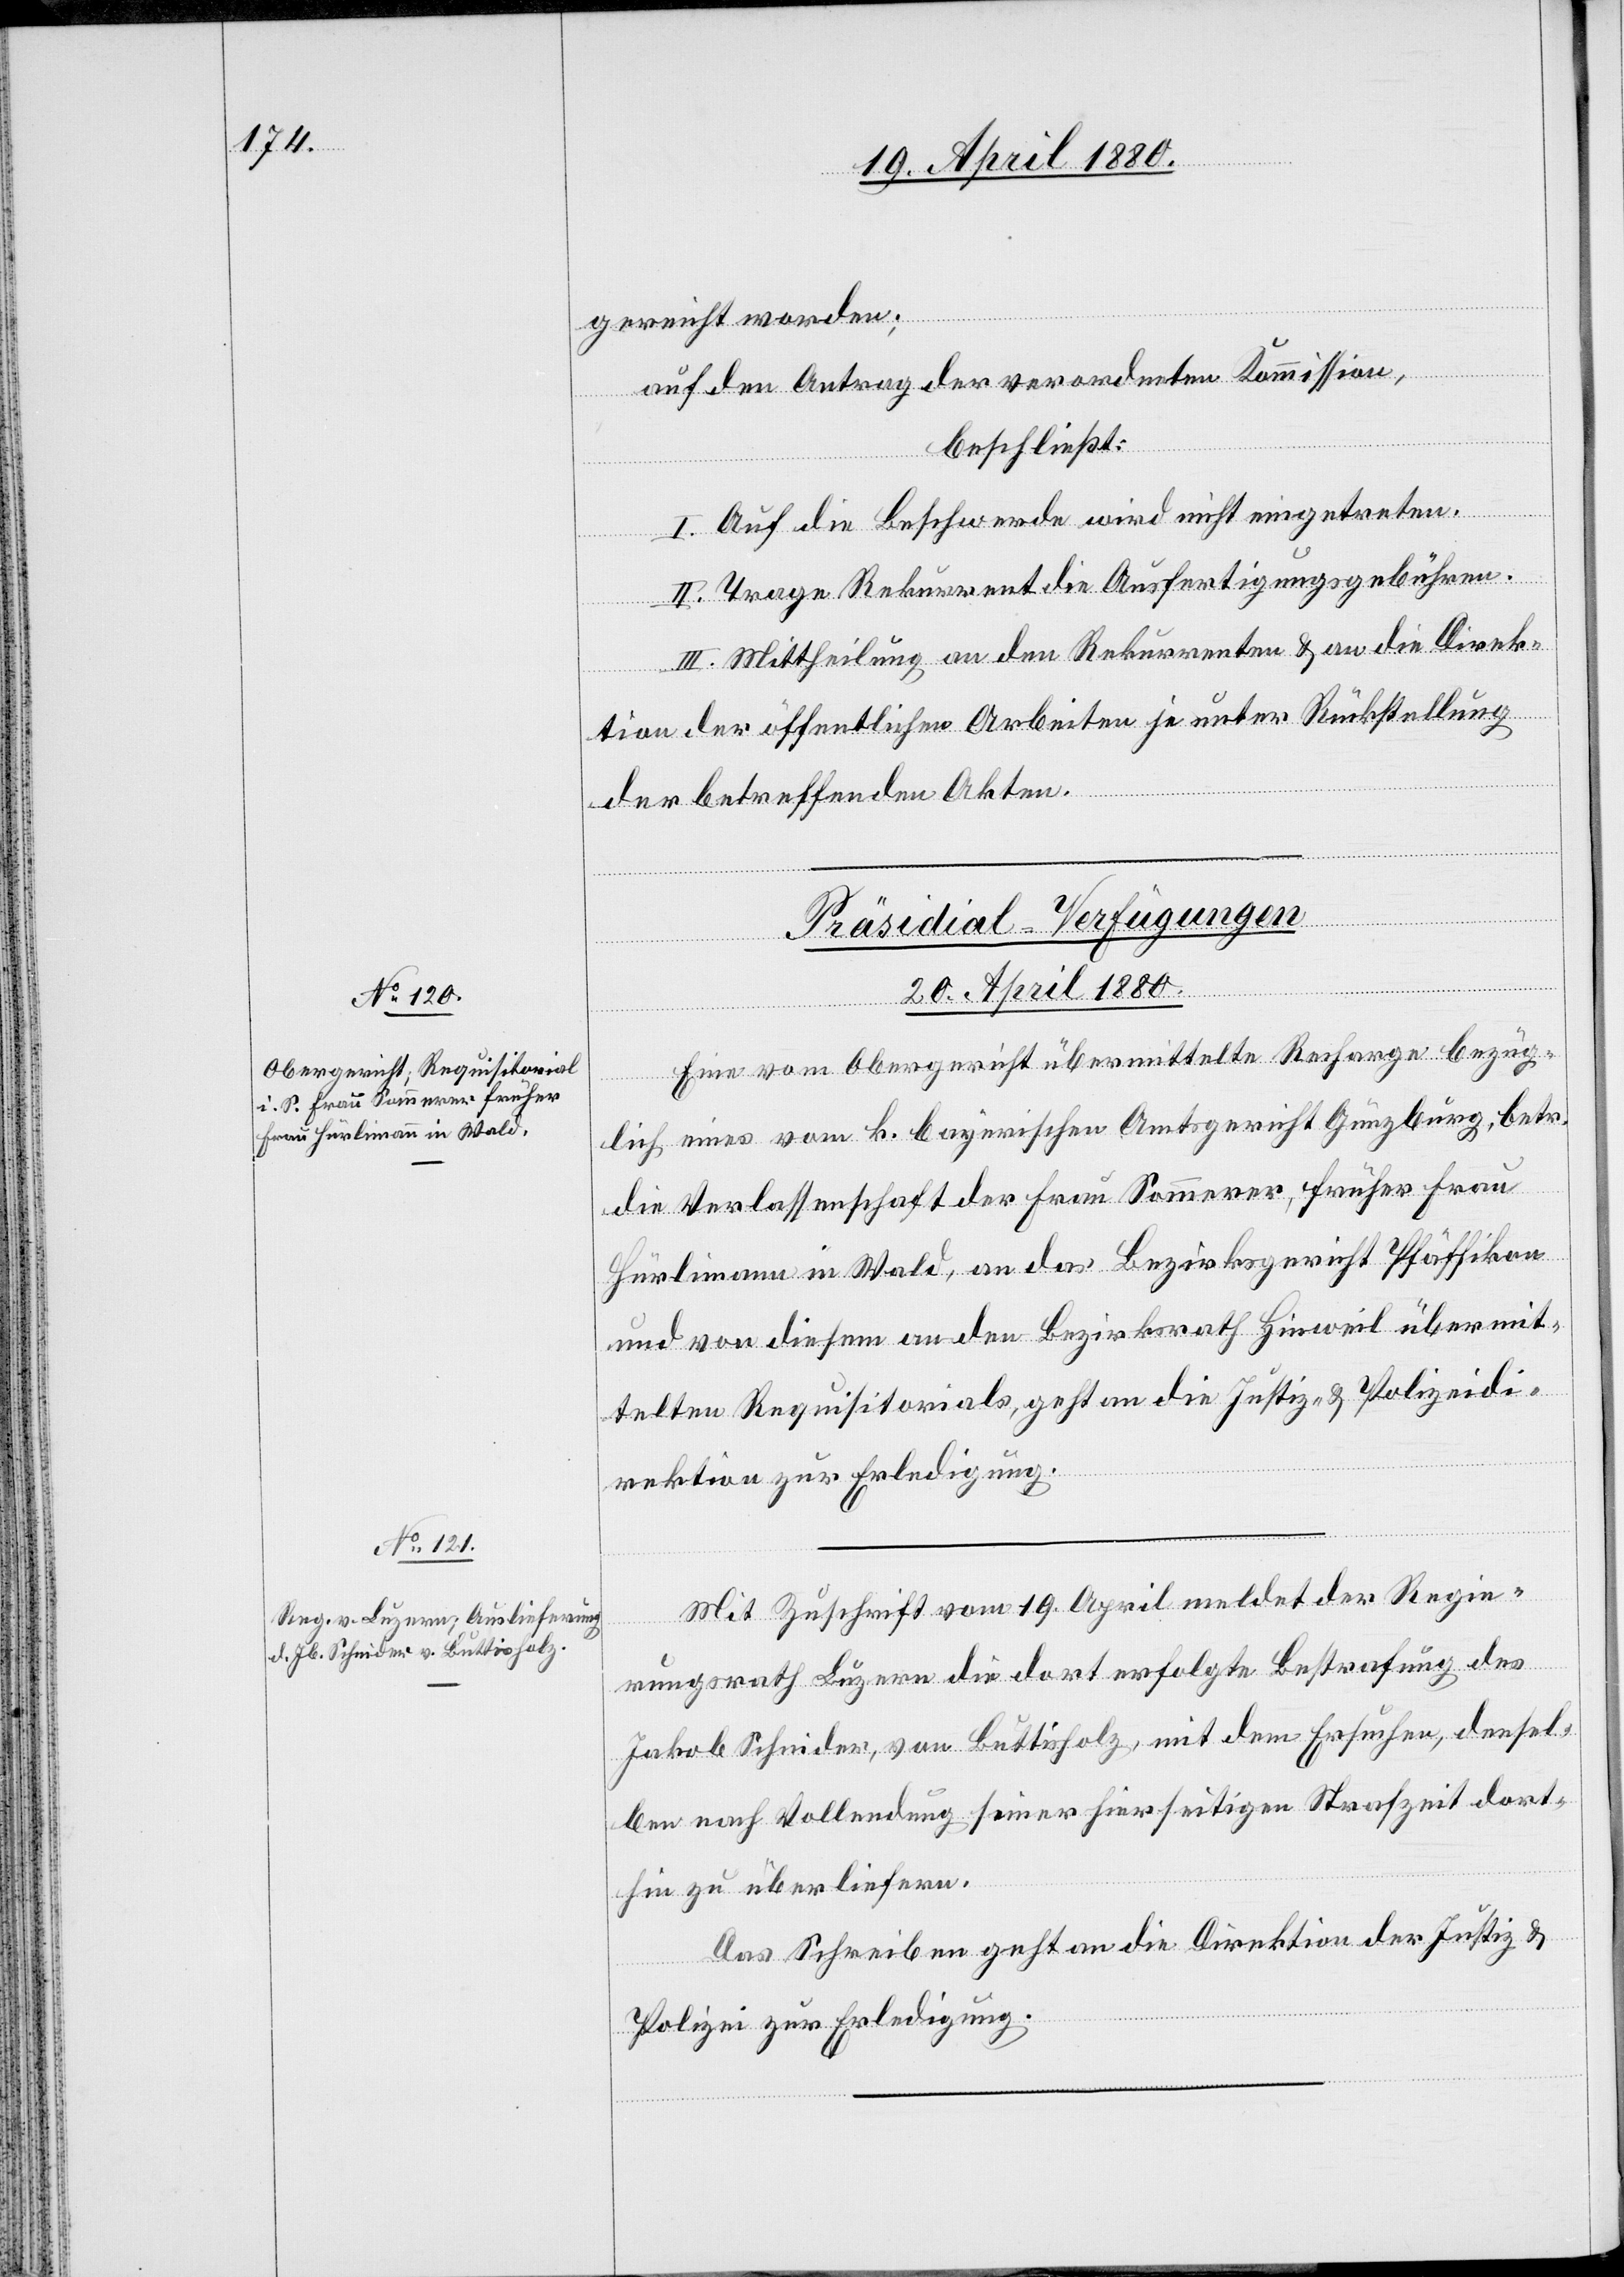
gereicht worden;
auf den Antrag der verordneten Kommission,
beschließt:
I. Auf die Beschwerde wird nicht eingetreten.
II. Trage Rekurrent die Ausfertigungsgebühren.
III. Mittheilung an den Rekurrenten & an die Direk¬
tion der öffentlichen Arbeiten je unter Rückstellung
der betreffenden Akten.
[Präsidial-Verfügungen.
20. April 1880.]
Eine vom Obergericht übermittelte Recharge bezüg¬
lich eines vom k. bayerischen Amtsgericht Günzburg, betr.
die Verlassenschaft der Frau Sommerer, früher Frau
Hürlimann in Wald, an das Bezirksgericht Pfäffikon
und von diesem an den Bezirksrath Hinweil übermit¬
telten Requisitorials, geht an die Justiz- & Polizeidi¬
rektion zur Erledigung.
Mit Zuschrift vom 19. April meldet der Regie¬
rungsrath Luzern die dort erfolgte Bestrafung des
Jakob Schnider, von Buttisholz, mit dem Ersuchen, densel¬
ben nach Vollendung seiner hierseitigen Strafzeit dort¬
hin zu überliefern.
Das Schreiben geht an die Direktion der Justiz &
Polizei zur Erledigung.